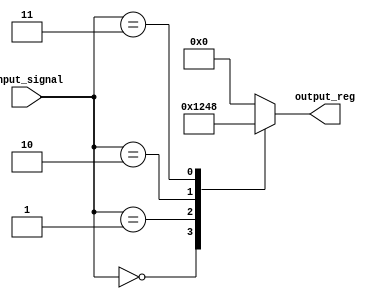
module simple_case_statement (
  input wire [2:0] input_signal,
  output reg [3:0] output_reg
);

always @ (input_signal)
begin
  case(input_signal)
    3'b000: output_reg <= 4'b0001; // if input_signal is 000, set output_reg to 0001
    3'b001: output_reg <= 4'b0010; // if input_signal is 001, set output_reg to 0010
    3'b010: output_reg <= 4'b0100; // if input_signal is 010, set output_reg to 0100
    3'b011: output_reg <= 4'b1000; // if input_signal is 011, set output_reg to 1000
    default: output_reg <= 4'b0000; // default case, set output_reg to 0000
  endcase
end

endmodule